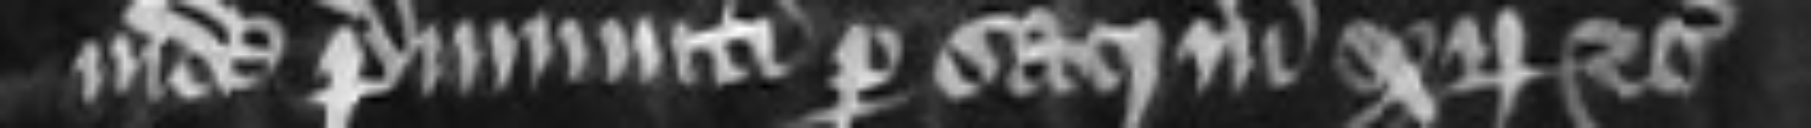
inde premuniti per sacrum xii etc